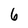
Character: 6